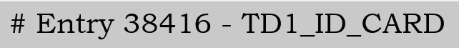
# Entry 38416 - TD1_ID_CARD